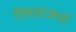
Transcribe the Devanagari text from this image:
निशतःजनॉ